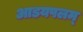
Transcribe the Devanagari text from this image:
आडयपलम्‌